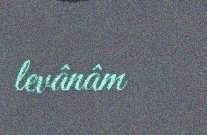
levânâm